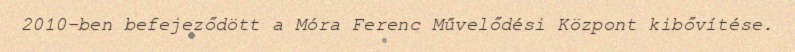
2010-ben befejeződött a Móra Ferenc Művelődési Központ kibővítése.